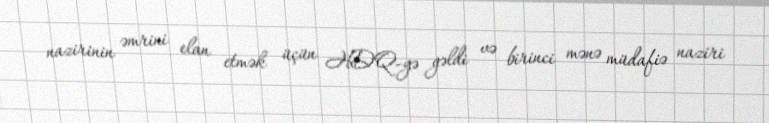
nazirinin əmrini elan etmək üçün HDQ-yə gəldi və birinci mənə müdafiə naziri